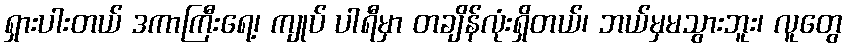
ရှားပါးတယ် ဒကာကြီးရေ့၊ ကျုပ် ပါရီမှာ တချိန်လုံးရှိတယ်၊ ဘယ်မှမသွားဘူး၊ လူတွေ